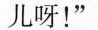
儿呀！”